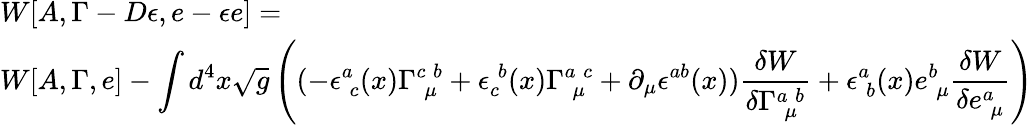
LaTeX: \begin{array}{l}{{W[A,\Gamma-D\epsilon,e-\epsilon e]=}}\\ {{W[A,\Gamma,e]-\displaystyle\int d^{4}x\sqrt{g}\left((-\epsilon_{\; c}^{a}(x)\Gamma_{\; \mu}^{c\; b}+\epsilon_{c}^{\; b}(x)\Gamma_{\; \mu}^{a\; c}+\partial_{\mu}\epsilon^{ab}(x))\frac{\delta W}{\delta\Gamma_{\; \mu}^{a\; b}}+\epsilon_{\; b}^{a}(x)e_{\; \mu}^{b}\frac{\delta W}{\delta e_{\; \mu}^{a}}\right)}}\end{array}